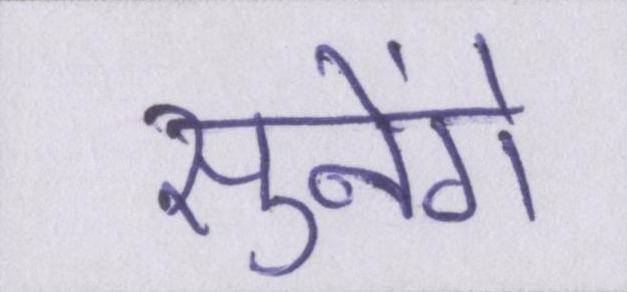
सुनेंगे